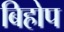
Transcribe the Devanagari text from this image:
बिहोप